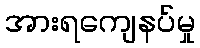
အားရကျေနပ်မှု